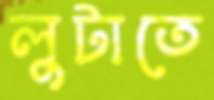
লুটাতে